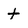
Character: t